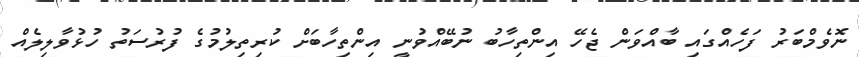
ނޮވެމްބަރު ފަހެއްގައި ބާއްވަން ޖެހޭ އިންތިހާބު ނުބޭއްވުނީ އިންތިހާބަށް ކުރިތިލުމުގެ ފުރުސަތު ހުޅުވާލިލެއް